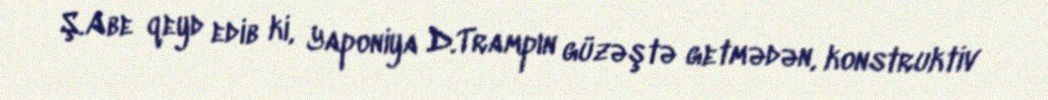
Ş.Abe qeyd edib ki, Yaponiya D.Trampın güzəştə getmədən, konstruktiv